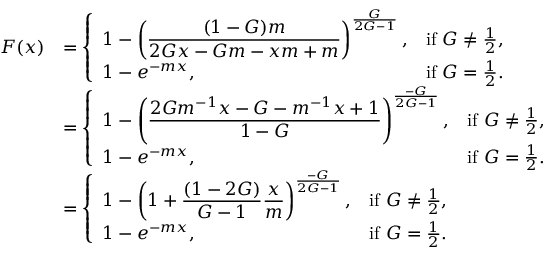
\begin{array} { r l } { F ( x ) } & { = \left\{ \begin{array} { l l } { \displaystyle 1 - \left( \frac { ( 1 - G ) m } { 2 G x - G m - x m + m } \right) ^ { \frac { G } { 2 G - 1 } } , } & { \mathrm { i f ~ } G \neq \frac { 1 } { 2 } , } \\ { \displaystyle 1 - e ^ { - m x } , } & { \mathrm { i f ~ } G = \frac { 1 } { 2 } . } \end{array} \right. } \\ & { = \left\{ \begin{array} { l l } { \displaystyle 1 - \left( \frac { 2 G m ^ { - 1 } x - G - m ^ { - 1 } x + 1 } { 1 - G } \right) ^ { \frac { - G } { 2 G - 1 } } , } & { \mathrm { i f ~ } G \neq \frac { 1 } { 2 } , } \\ { \displaystyle 1 - e ^ { - m x } , } & { \mathrm { i f ~ } G = \frac { 1 } { 2 } . } \end{array} \right. } \\ & { = \left\{ \begin{array} { l l } { \displaystyle 1 - \left( 1 + \frac { ( 1 - 2 G ) } { G - 1 } \frac { x } { m } \right) ^ { \frac { - G } { 2 G - 1 } } , } & { \mathrm { i f ~ } G \neq \frac { 1 } { 2 } , } \\ { \displaystyle 1 - e ^ { - m x } , } & { \mathrm { i f ~ } G = \frac { 1 } { 2 } . } \end{array} \right. } \end{array}